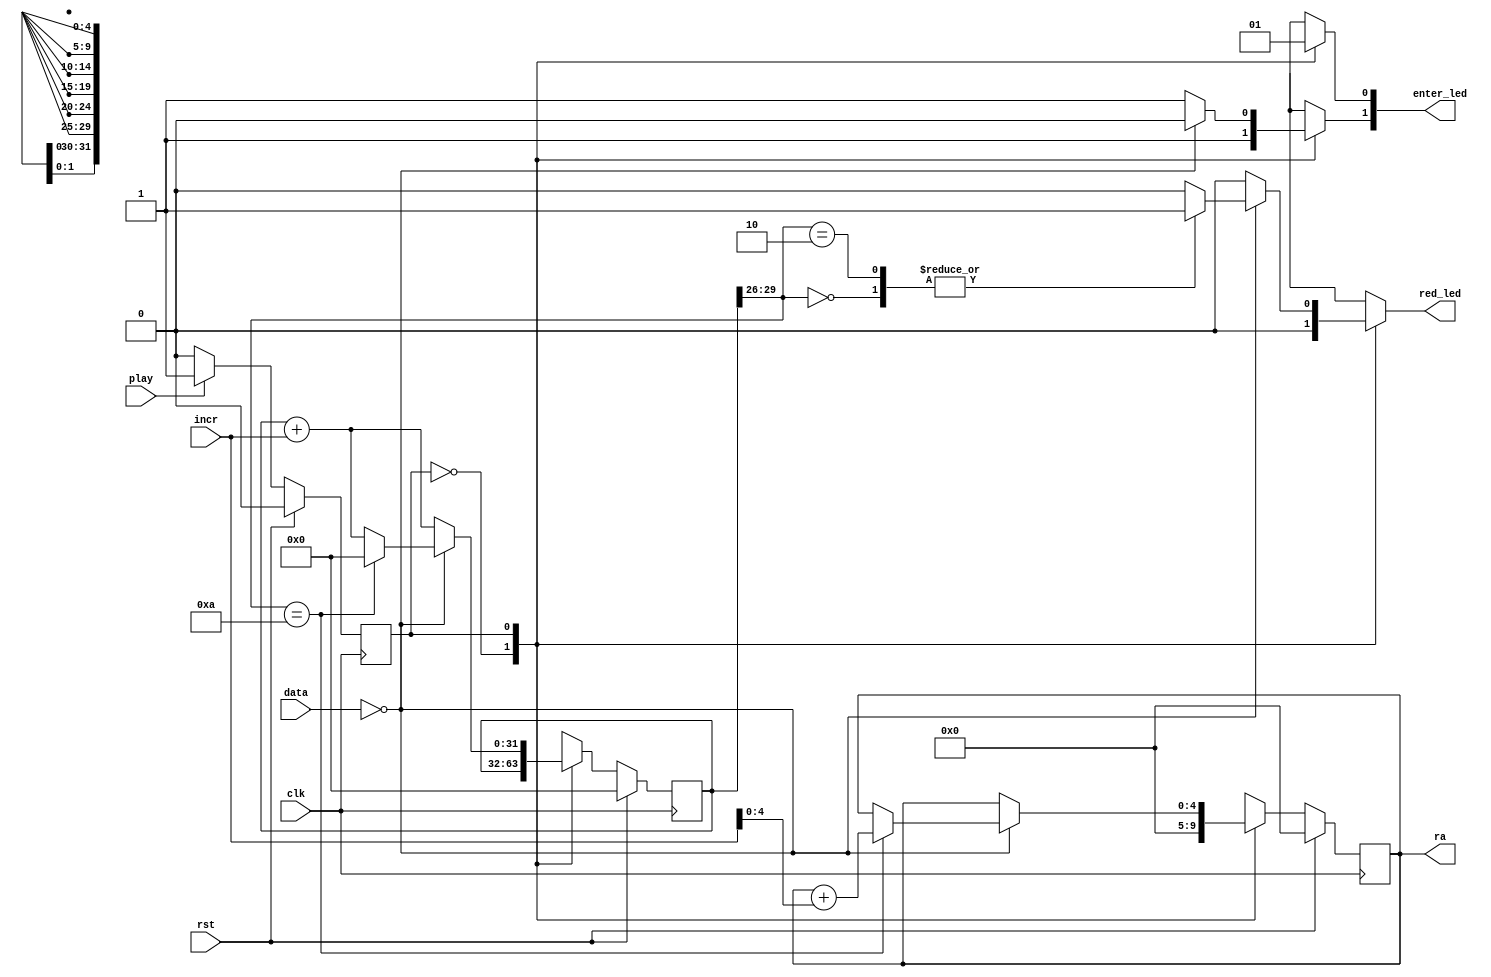
/*
   This file was generated automatically by the Mojo IDE version B1.3.6.
   Do not edit this file directly. Instead edit the original Lucid source.
   This is a temporary file and any changes made to it will be destroyed.
*/

module displaymorse_5 (
    input [4:0] data,
    input [0:0] play,
    input clk,
    input rst,
    input [25:0] incr,
    output reg red_led,
    output reg [4:0] ra,
    output reg [1:0] enter_led
  );
  
  
  
  reg [31:0] M_tmr_d, M_tmr_q = 1'h0;
  reg [4:0] M_read_d, M_read_q = 1'h0;
  localparam IDLE_state = 1'd0;
  localparam PLAY_state = 1'd1;
  
  reg M_state_d, M_state_q = IDLE_state;
  
  always @* begin
    M_state_d = M_state_q;
    M_tmr_d = M_tmr_q;
    M_read_d = M_read_q;
    
    ra = M_read_q;
    red_led = 1'h0;
    enter_led = 2'h3;
    
    case (M_state_q)
      IDLE_state: begin
        red_led = 1'h0;
        enter_led[0+0-:1] = 1'h0;
        M_read_d = 1'h0;
        if (play == 1'h1) begin
          M_state_d = PLAY_state;
        end
      end
      PLAY_state: begin
        M_tmr_d = M_tmr_q + incr;
        if (play == 1'h0) begin
          M_state_d = IDLE_state;
        end
        
        case (data)
          5'h00: begin
            enter_led[1+0-:1] = 1'h0;
            
            case (M_tmr_q[26+3-:4])
              4'h0: begin
                red_led = 1'h1;
              end
              4'h1: begin
                red_led = 1'h0;
              end
              4'h2: begin
                red_led = 1'h1;
              end
              4'h5: begin
                red_led = 1'h0;
              end
              4'ha: begin
                M_read_d = M_read_q + incr;
                M_tmr_d = 1'h0;
              end
              default: begin
                red_led = 1'h0;
              end
            endcase
          end
        endcase
      end
    endcase
  end
  
  always @(posedge clk) begin
    if (rst == 1'b1) begin
      M_tmr_q <= 1'h0;
      M_read_q <= 1'h0;
      M_state_q <= 1'h0;
    end else begin
      M_tmr_q <= M_tmr_d;
      M_read_q <= M_read_d;
      M_state_q <= M_state_d;
    end
  end
  
endmodule